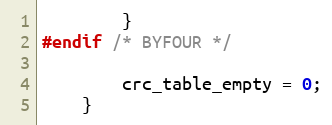
Language: C
        }
#endif /* BYFOUR */

        crc_table_empty = 0;
    }